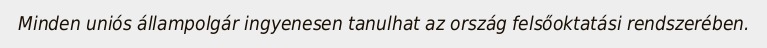
Minden uniós állampolgár ingyenesen tanulhat az ország felsőoktatási rendszerében.